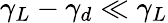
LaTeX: \gamma_{L}-\gamma_{d}\ll\gamma_{L}